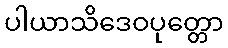
ပါယာသိဒေဝပုတ္တော